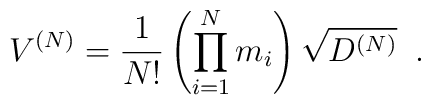
\label{V^{(N)}}V^{(N)} = \frac{1}{N!} \left(\prod\limits_{i=1}^N m_i \right)\sqrt{D^{(N)}} \;\; .